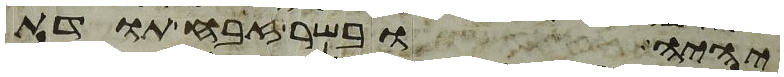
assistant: יהיה ובשר זבח תודת